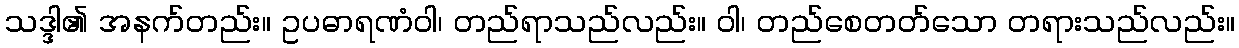
သဒ္ဒါ၏ အနက်တည်း။ ဥပဓာရဏံဝါ၊ တည်ရာသည်လည်း။ ဝါ၊ တည်စေတတ်သော တရားသည်လည်း။